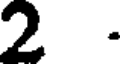
2 .